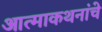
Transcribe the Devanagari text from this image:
आत्माकथनांचे